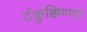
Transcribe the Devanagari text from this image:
टंकुक्किण्णा